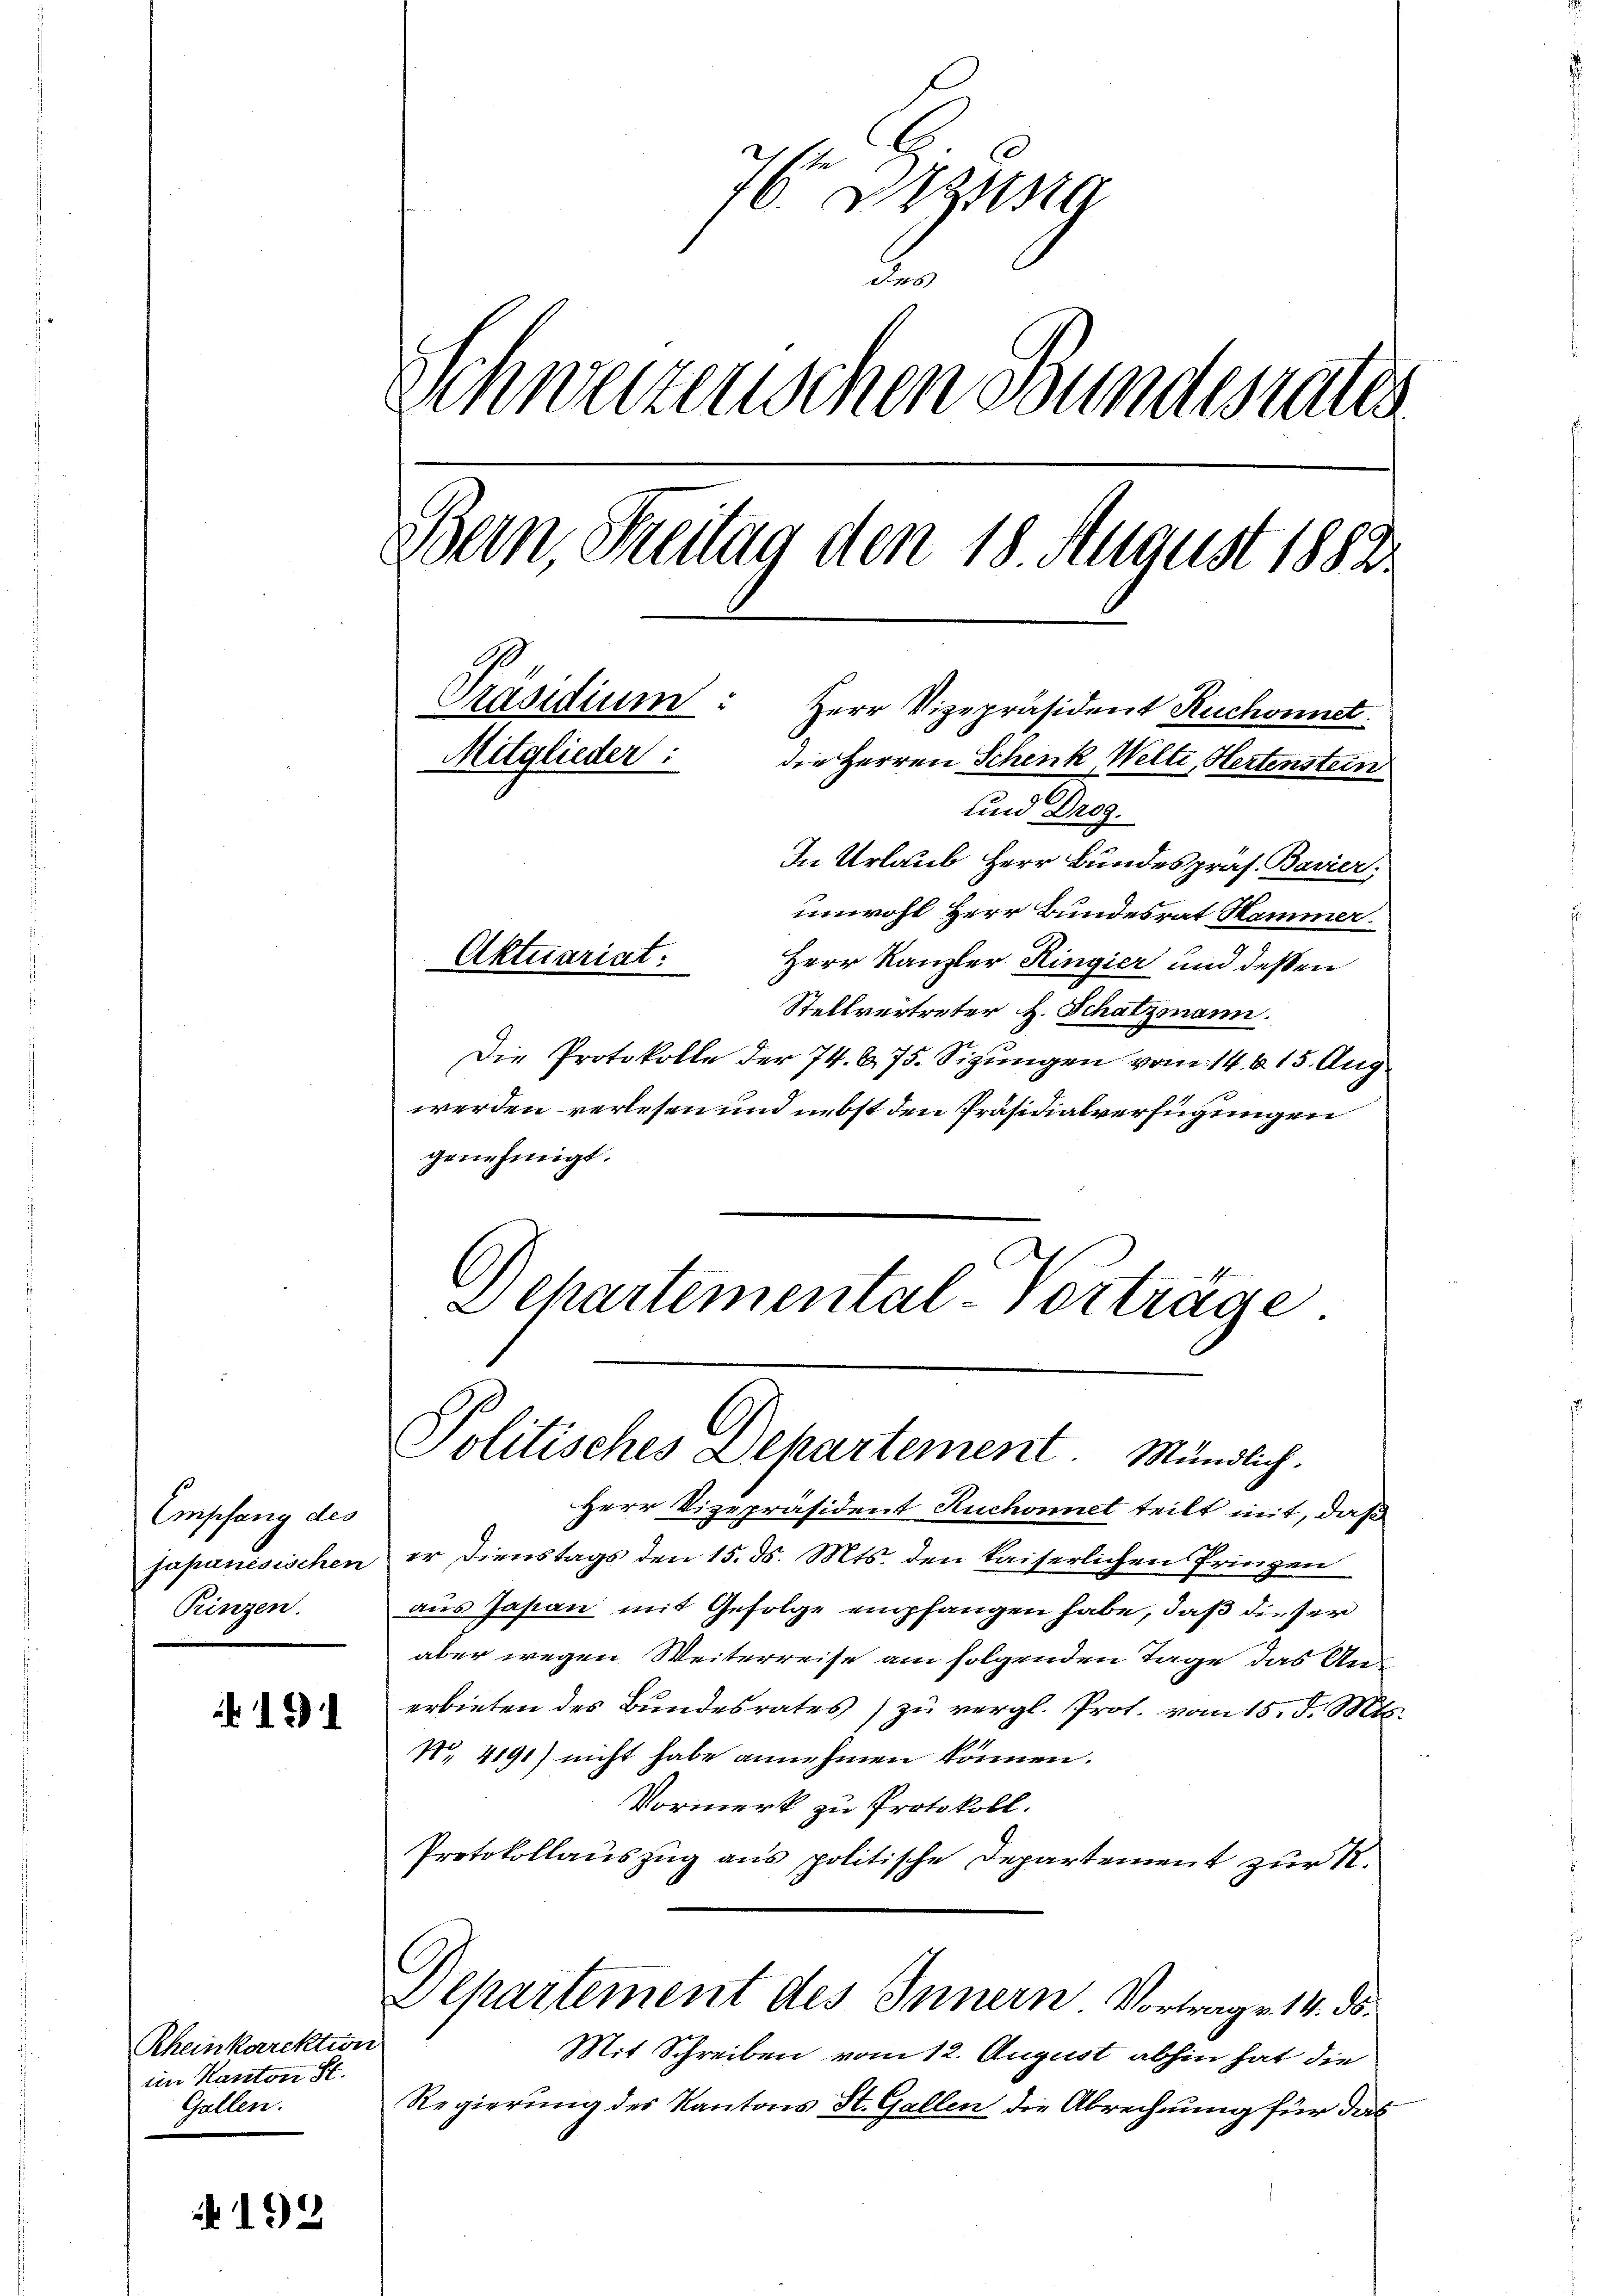
Empfang des
japanisischen
Prinzen.

Rheinkarektion
im Kanton St.
Gallen.

192

7 Bezug
B
Schweizerischen Bundesrates
Bern, Streitag den 18. August 1882.
Präsidium: Herr Vizepräsident Ruchonnet.
Mitglieder:
die Herren Schenk, Welti, Hertenstein
0
und Drog.
In Urlaub Herr Bundespräs. Bavier,
unwohl Herr Bundesrat Hammer.
Aktuariat.
Herr Kanzler Ringier und dessen

Stellvertreter H. Schatzmann.
Die Protokolle der 74. 675. Sizungen vom 14. 615. Aug
werden verlesen und nebst den Präsidialverfügungen
genehmigt.
Departemental-Vorträge

Politisches Departement Mündlich.

Herr Vizepräsident Ruchonnet teilt mit, daß
er Dienstags den 15. d. Mts. den kaiserlichen Prinzen
aus Jasan mit Gefolge empfangen habe, daß dieser
aber wegen Weiterreise am folgenden Tage das An-
erbieten des Bundesrates) zu vergl. Prot. vom 15. d. Mts.
No. 4191) nicht habe annehmen können.
Vormerk zu Protokoll.
Protokollauszug aus politische Departement zur R.
Departement des Innern Vortrage 14. ds.
Mit Schreiben vom 12. August abhin hat die
Regierung des Kantons St. Gallen die Abrechnung für das